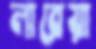
লারেয়া